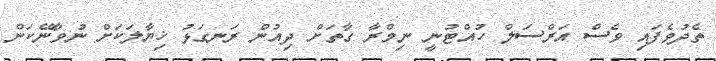
ތެދުވެފައި ވެސް އަރްސަލް ހުއްޓުނީ ނިމްރާ ގާތަށް ދިއުން ރަނގަޅު ޚިޔާލަކަށް ނުވާނޭކަން